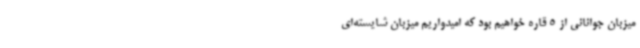
میزبان جوانانی از 5 قاره خواهیم بود که امیدواریم میزبان شایسته‌ای